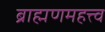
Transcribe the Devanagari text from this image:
ब्राह्मणमहत्त्व